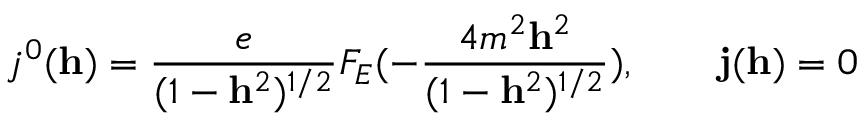
j ^ { 0 } ( { \bf h } ) = \frac { e } { ( 1 - { \bf h } ^ { 2 } ) ^ { 1 / 2 } } F _ { E } ( - \frac { 4 m ^ { 2 } { \bf h } ^ { 2 } } { ( 1 - { \bf h } ^ { 2 } ) ^ { 1 / 2 } } ) , \qquad { \bf j } ( { \bf h } ) = 0